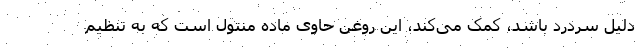
دلیل سردرد باشد، کمک می‌کند، این روغن حاوی ماده منتول است که به تنظیم